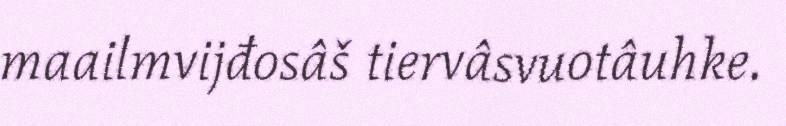
maailmvijđosâš tiervâsvuotâuhke.